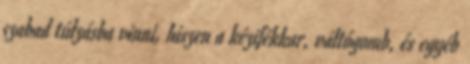
szabad túlzásba vinni, hiszen a kézifékkar, váltógomb, és egyéb